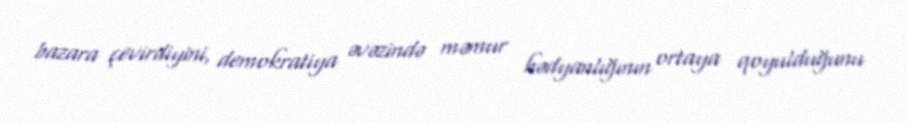
bazara çevirdiyini, demokratiya əvəzində məmur hədyanlığının ortaya qoyulduğunu